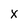
Character: x